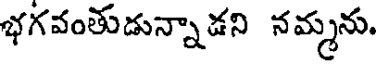
భగవంతుడున్నాడని నమ్మను.